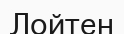
Лойтен